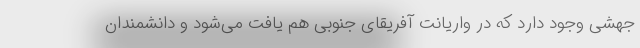
جهشی وجود دارد که در واریانت آفریقای جنوبی هم یافت می‌شود و دانشمندان